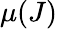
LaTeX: \mu(J)